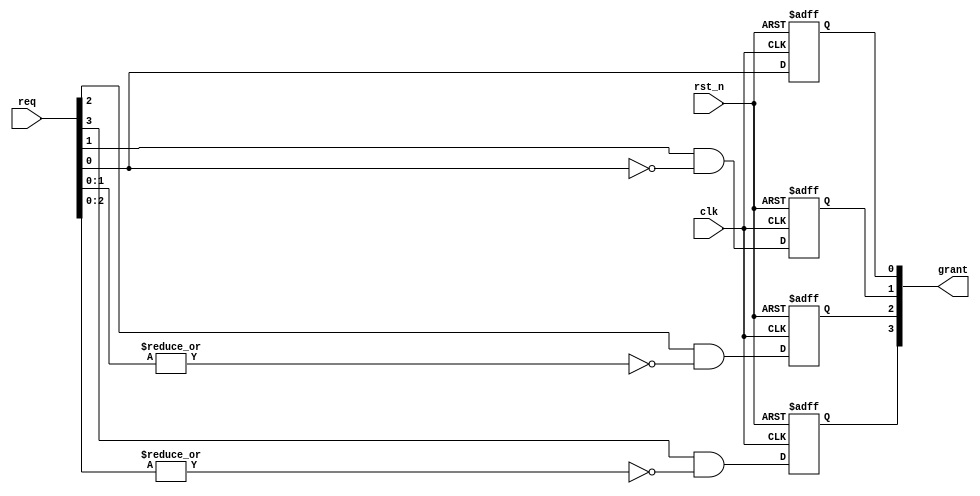
//-------------------------------------------
//Website: http://nguyenquanicd.blogspot.com/
//Function: Absolute Fixed priority Arbiter.
//  - req[0] has highest priority
//  - High request can occupy grant of lower request anywhen
//-------------------------------------------
module ArbFixedPriorityAbs (
  clk,
  rst_n,
  req,
  grant
  );
  parameter REQ_NUM = 4;
  //
  input  clk;
  input  rst_n;
  input  [REQ_NUM-1:0] req;
  output reg [REQ_NUM-1:0] grant;
  //
  generate
    genvar i;
///////////////////////////////////////////////	  
//For req[0]
//Highest priority: When reset grant is 0 else request is directly the grant	  
always @ (posedge clk, negedge rst_n) 
    begin
      if (~rst_n)
	      grant[0] <= 1'b0;
	    else
	      grant[0] <= req[0]; //highest priority, do not care other requests
    end

/////////////////////////////////////////////////	  
//For req[REQ_NUM-1:1]

for (i = 1; i < REQ_NUM; i=i+1) 
begin: uGrant
      always @ (posedge clk, negedge rst_n) 
	begin
        if (~rst_n)
		grant[i] <= 1'b0;// If reset all grant bits are LOW
	      else
		      grant[i] <= req[i] & ~|req[i-1:0]; //Reduction Nor, only when none of the req[i-1:0] bits are HIGH will be 1'b1
      	end
end //for loop
  
  
  endgenerate
  //
endmodule